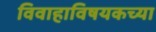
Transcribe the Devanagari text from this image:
विवाहाविषयकच्या